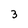
Character: 3